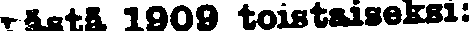
tästä 1900 toistaiseksi: